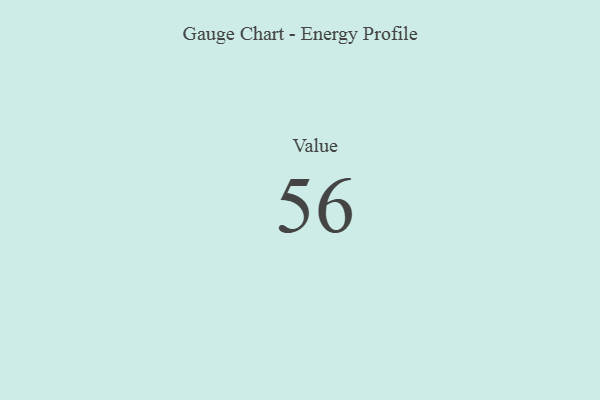
{"axis": {"x": "Metric", "y": "Value"}, "legend": [""], "data": [{"x": "Value", "y": 56, "type": ""}]}